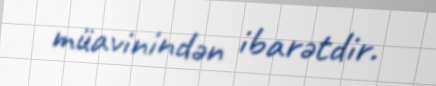
müavinindən ibarətdir.